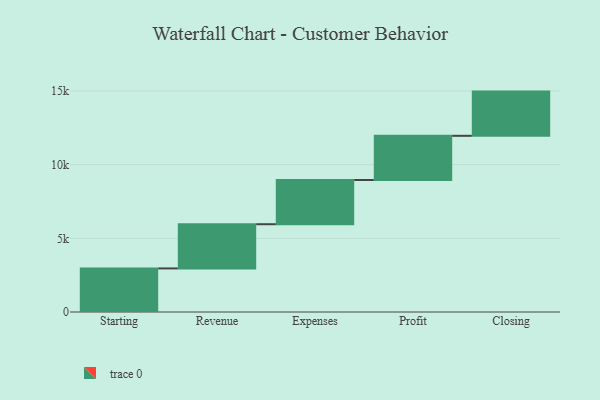
{"axis": {"x": "Step", "y": "Value"}, "legend": [""], "data": [{"x": "Starting", "y": 2957.0, "type": ""}, {"x": "Revenue", "y": 3000, "type": ""}, {"x": "Expenses", "y": 3000, "type": ""}, {"x": "Profit", "y": 3000, "type": ""}, {"x": "Closing", "y": 3000, "type": ""}]}